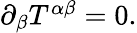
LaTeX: \begin{array}{r}{\partial_{\beta}T^{\alpha\beta}=0.}\end{array}